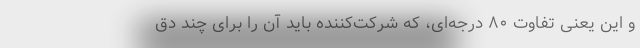
و این یعنی تفاوت ۸۰ درجه‌ای، که شرکت‌کننده باید آن را برای چند دق